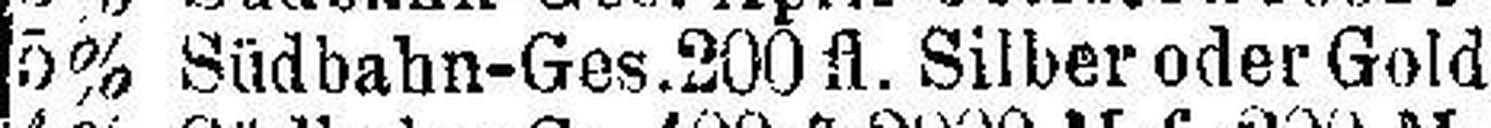
5% Südbahn-Ges. 200 fl. Silber oder Gold